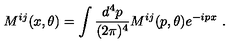
M ^ { i j } ( x , \theta ) = \int { \frac { d ^ { 4 } p } { ( 2 \pi ) ^ { 4 } } } M ^ { i j } ( p , \theta ) e ^ { - i p x } \ .